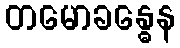
တမောခန္ဓေန